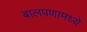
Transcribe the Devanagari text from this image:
बालपणामध्ये